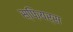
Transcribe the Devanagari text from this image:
स्फ़ियर्स